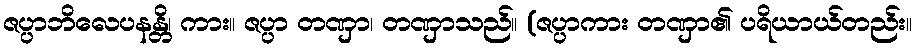
ဇပ္ပာဘိလေပနန္တိ၊ ကား။ ဇပ္ပာ တဏှာ၊ တဏှာသည်။ (ဇပ္ပာကား တဏှာ၏ ပရိယာယ်တည်း။